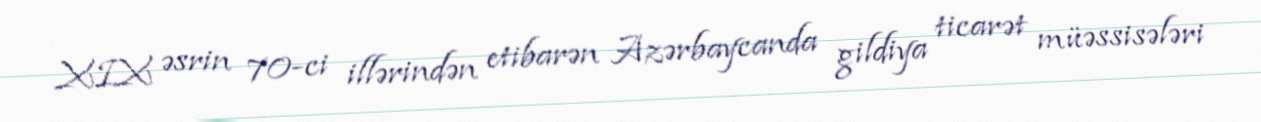
XIX əsrin 70-ci illərindən etibarən Azərbaycanda gildiya ticarət müəssisələri